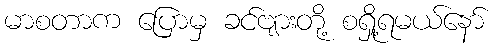
မာစတာက ပြောမှ ခင်ဗျားတို့ စရှို့ရမယ်နော်